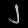
Digit: ၂